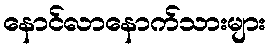
နောင်လာနောက်သားများ